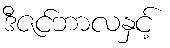
ဒီဇင်ဘာလနှင့်